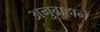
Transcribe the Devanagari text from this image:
अनुग्रहाने